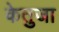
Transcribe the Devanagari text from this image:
केतुजा